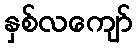
နှစ်လကျော်